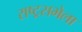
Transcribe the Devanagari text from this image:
राष्ट्रसभेला